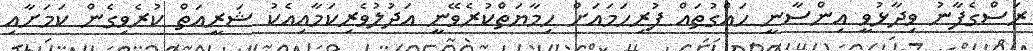
ރަސްގެފާނު ވިދާޅުވީ އިންސާނީ ހައްގުތައް ފުރިހަމައަށް ހިމާޔަތްކުރެވޭނީ އަދުލުވެރިކަމާއިއެކު ޝަރީއަތް ކުރެވިގެން ކަމަށާއި